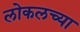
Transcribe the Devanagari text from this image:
लोकलच्या